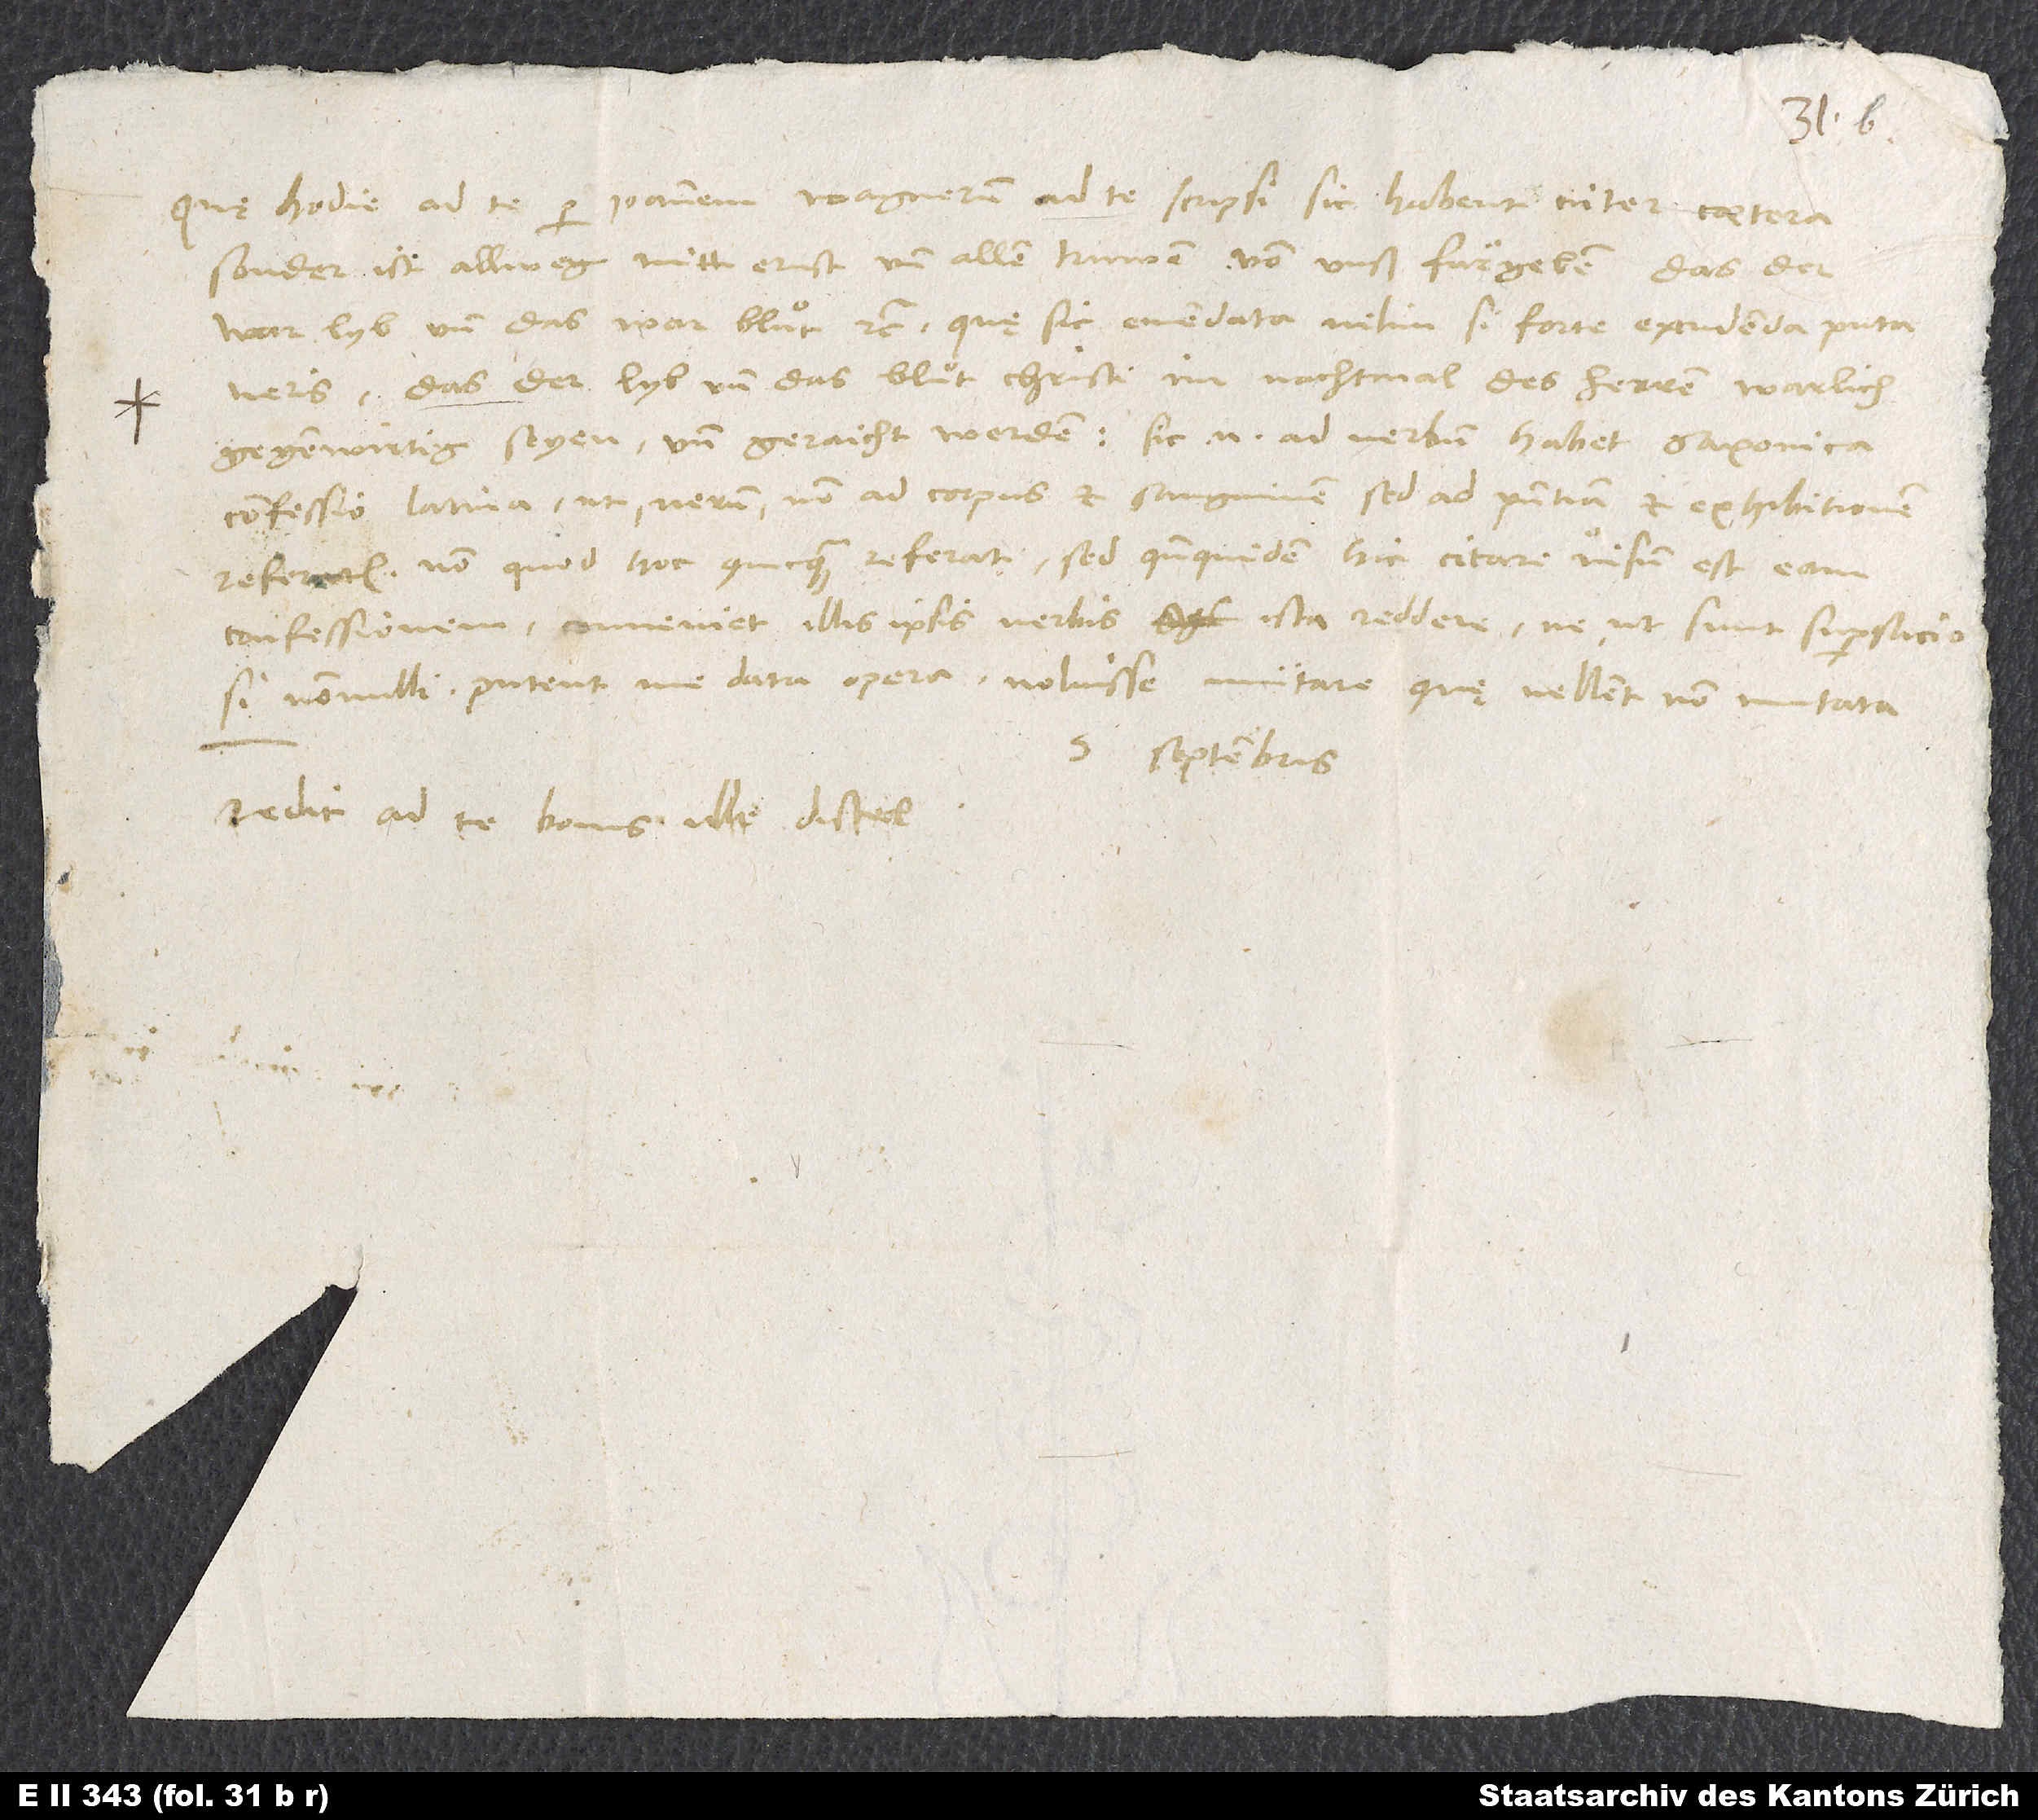
Quae hodie ad te per Ioannem Wagnerum ad te scripsi, sic habent inter caetera:
war lyb und das war blut» etc., quę sic emendata velim, si forte excudenda putaveris:
«das der lyb und das bluͦt Christi im nachtmal des herren warlich
gegenwirtig seyen und geraicht werden». Sic enim ad verbum habet Saxonica
confessio latina, ut «verum» non ad corpus et sanguinem, sed ad praesentiam et exhibitionem
referatur. Non quod hoc quicquam referat, sed quandoquidem hic citare visum est eam
confessionem, conveniet illis ipsis verbis ista reddere, ne ut sunt supersticiosi
nonnulli, putent me data opera voluisse mutare, quę vellent non mutata.
5. septembris.
Redit ad te bonus ille Distel.